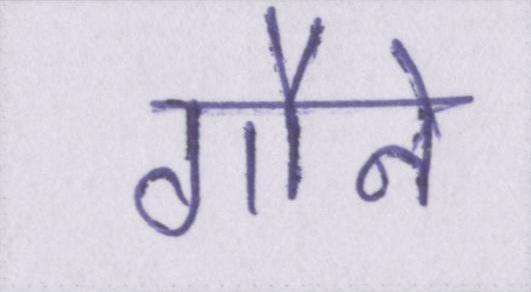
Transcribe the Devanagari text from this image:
गौने